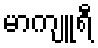
မာကျူရီ